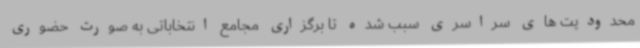
محدودیت های سراسری سبب شده تا برگزاری مجامع انتخاباتی به صورت حضوری